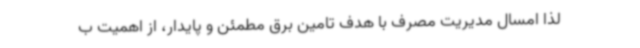
لذا امسال مدیریت مصرف با هدف تامین برق مطمئن و پایدار، از اهمیت ب